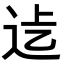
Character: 𨑵